Vaccination North-Western Provinces and Oudh 1878-1895 - 1878-1895
Year: 1878
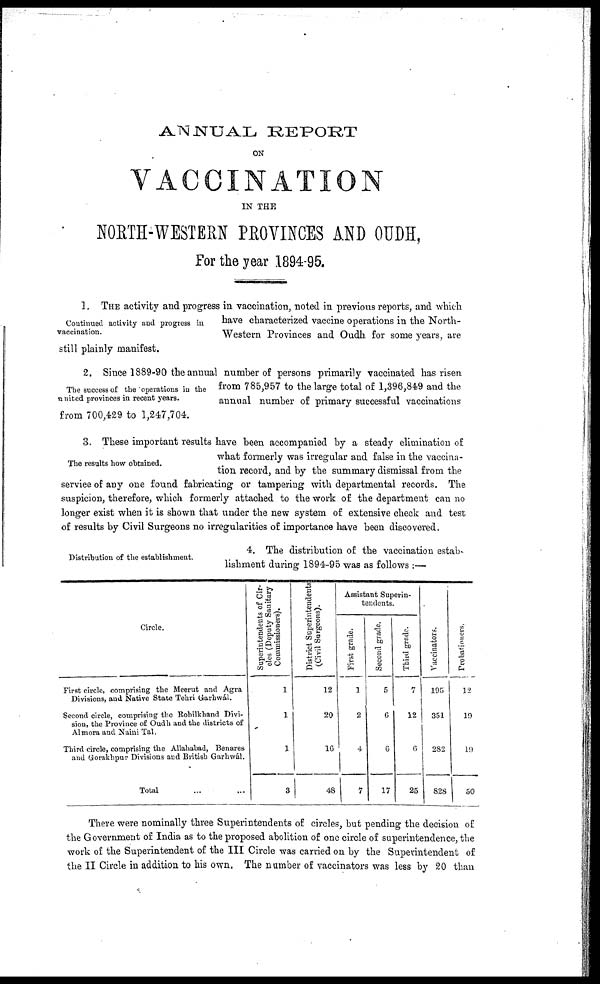
ANNUAL REPORT
ON
VACCINATION
IN THE
NORTH-WESTERN PROVINCES AND OUDH,
For the year 1894-95.
Continued activity and progress in
vaccination.
1. THE activity and progress in vaccination, noted in previous reports, and which
have characterized vaccine operations in the North¬
Western Provinces and Oudh for some years, are
still plainly manifest.
The success of the ' operations in the
united provinces in recent years.
2. Since 1889-90 the annual number of persons primarily vaccinated has risen
from 785,957 to the large total of 1,396,849 and the
annual number of primary successful vaccinations
from 700,429 to 1,247,704.
The results how obtained.
3. These important results have been accompanied by a steady elimination of
what formerly was irregular and false in the vaccina-
tion record, and by the summary dismissal from the
service of any one found fabricating or tampering with departmental records. The
suspicion, therefore, which formerly attached to the work of the department can no
longer exist when it is shown that under the new system of extensive check and test
of results by Civil Surgeons no irregularities of importance have been discovered.
Distribution of the establishment.
4. The distribution of the vaccination estab¬
lishment during 1894-95 was as follows :—
Circle.
First circle, comprising the Meerut and Agra
Divisions, and Native State Tehri Garhwál.
Second circle, comprising the Rohilkhand Divi-
sion, the Province of Oudh and the districts of
Almora and Naini Tal.
Third circle, comprising the Allahabad, Benares
and Gorakhpur Divisions and British Garhwál.
Total ... ...
Superintendents of Cir-
cles (Deputy Sanitary
Commissioners).
1
1
1
3
District Superintendents
(Civil Surgeons).
12
20
16
48
Assistant Superin-
tendents.
First grade.
1
2
4
7
Second grade.
5
6
6
17
Third grade.
7
12
6
25
Vaccinators.
195
351
282
828
Probationers.
12
19
19
50
There were nominally three Superintendents of circles, but pending the decision of
the Government of India as to the proposed abolition of one circle of superintendence, the
work of the Superintendent of the III Circle was carried on by the Superintendent of
the II Circle in addition to his own. The number of vaccinators was less by 20 than